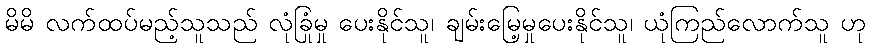
မိမိ လက်ထပ်မည့်သူသည် လုံခြုံမှု ပေးနိုင်သူ၊ ချမ်းမြေ့မှုပေးနိုင်သူ၊ ယုံကြည်လောက်သူ ဟု